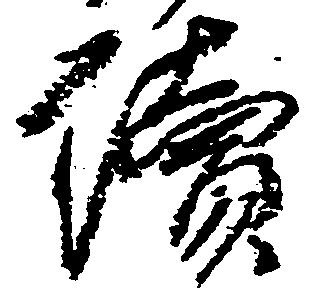
続